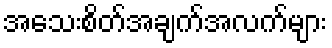
အသေးစိတ်အချက်အလက်များ